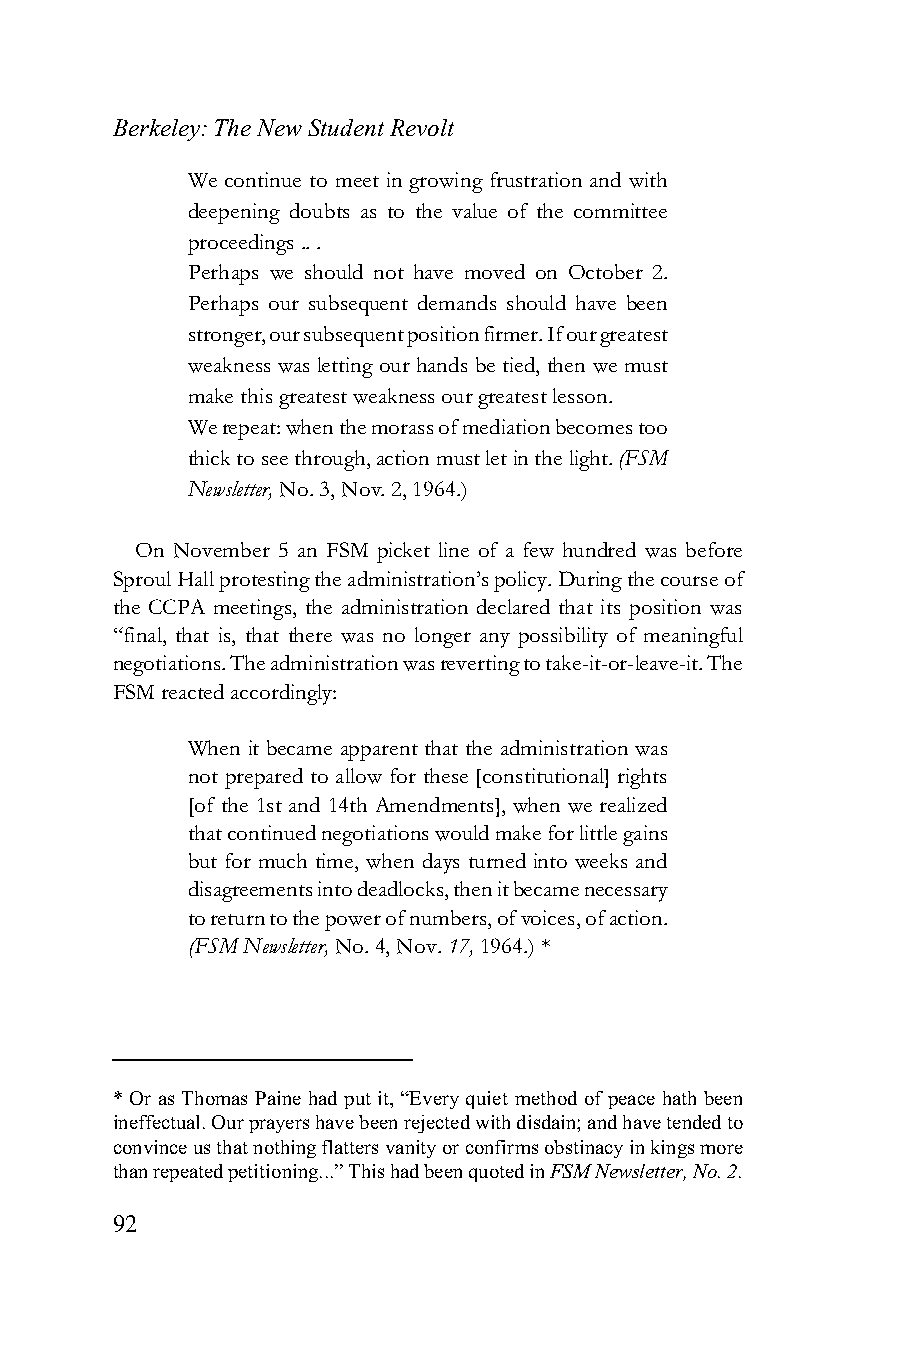
Berkeley: The New Student Revolt
 We continue to meet in growing frustration and with
 deepening doubts as to the value of the committee
 proceedings .. .
 Perhaps we should not have moved on October 2.
 Perhaps our subsequent demands should have been
 stronger, our subsequent position firmer. If our greatest
 weakness was letting our hands be tied, then we must
 make this greatest weakness our greatest lesson.
 We repeat: when the morass of mediation becomes too
 thick to see through, action must let in the light. (FSM
 Newsletter, No. 3, Nov. 2, 1964.)
 On November 5 an FSM picket line of a few hundred was before
 Sproul Hall protesting the administration’s policy. During the course of
 the CCPA meetings, the administration declared that its position was
 “final, that is, that there was no longer any possibility of meaningful
 negotiations. The administration was reverting to take-it-or-leave-it. The
 FSM reacted accordingly:
 When it became apparent that the administration was
 not prepared to allow for these [constitutional] rights
 [of the 1st and 14th Amendments], when we realized
 that continued negotiations would make for little gains
 but for much time, when days turned into weeks and
 disagreements into deadlocks, then it became necessary
 to return to the power of numbers, of voices, of action.
 (FSM Newsletter, No. 4, Nov. 17, 1964.) *
 * Or as Thomas Paine had put it, “Every quiet method of peace hath been
 ineffectual. Our prayers have been rejected with disdain; and have tended to
 convince us that nothing flatters vanity or confirms obstinacy in kings more
 than repeated petitioning...” This had been quoted in FSM Newsletter, No. 2.
 92